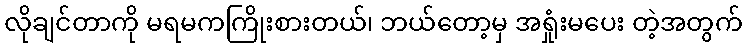
လိုချင်တာကို မရမကကြိုးစားတယ်၊ ဘယ်တော့မှ အရှုံးမပေး တဲ့အတွက်